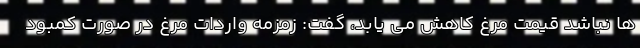
ها نباشد قیمت مرغ کاهش می یابد، گفت: زمزمه واردات مرغ در صورت کمبود